Annual administration report of the Bombay Presidency - 1887-1892
Year: 1887
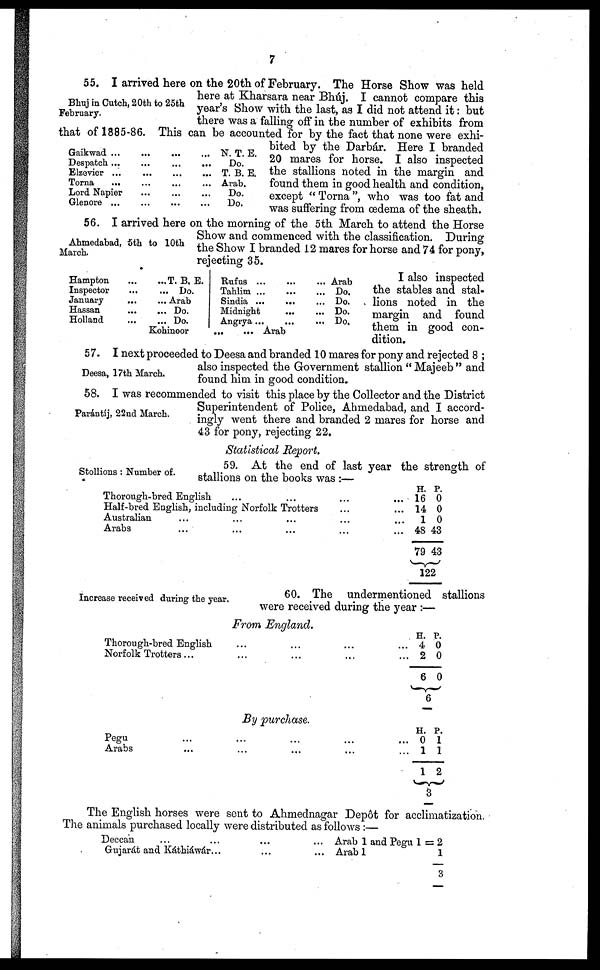
7
Bhuj in Cutch, 20th to 25th
February.
55. I arrived here on the 20th of February. The Horse Show was held
here at Kharsara near Bhúj. I cannot compare this
year's Show with the last, as I did not attend it: but
there was a falling off in the number of exhibits from
that of 1885-86. This can be accounted for by the fact that none were exhi-
bited by the Darbár. Here I branded
20 mares for horse. I also inspected
the stallions noted in the margin and
found them in good health and condition,
except " Torna ", who was too fat and
was suffering from œdema of the sheath.
Gaikwad ...
...
...
...
Despatch ...
...
...
...
Elzevier ......
...
...
Torna
...
...
...
...
Lord Napier...
...
...
Glenore ...
...
...
...
N. T. E.
Do.
T. B. E.
Arab.
Do.
Do.
Ahmedabad, 5th to 10th
March.
56. I arrived here on the morning of the 5th March to attend the Horse
Show and commenced with the classification. During
the Show I branded 12 mares for horse and 74 for pony,
rejecting 35.
Hampton
Inspector
January
Hassan
Holland
T. B. E.
Do.
Arab
Do.
Do.
Rufus ...
Tahlim
Sindia ...
Midnight ...
Angrya ...
Kohinoor
Arab
... Arab
... Do.
... Do.
... Do.
... Do.
I also inspected
the stables and stal-
lions noted in the
margin and found
them in good con-
dition.
Deesa, 17th March,
57. I next proceeded to Deesa and branded 10 mares for pony and rejected 8 ;
also inspected the Government stallion " Majeeb " and
found him in good condition.
Parántíj, 22nd March.
58. I was recommended to visit this place by the Collector and the District
Superintendent of Police, Ahmedabad, and I accord-
ingly went there and branded 2 mares for horse and
43 for pony, rejecting 22.
Statistical Report.
Stollions : Number of.
59. At the end of last year the strength of
stallions on the books was :—
Thorough-bred English ... ... ...
Half-bred English, including Norfolk Trotters ...
Australian ... ... ... ...
Arabs
... ... ... ...
H.
... 16
... 14
...
1
... 48
79
P.
0
0
0
43
43
122
Increase received during the year.
60. The undermentioned stallions
were received during the year :—
From England.
Thorough-bred English
...
...
...
...
Norfolk Trotters...
...
...
...
...
H.
4
2
6
P.
0
0
0
6
By purchase.
Pegu
...
...
...
...
...
Arabs
...
...
...
...
...
H.
0
1
1
P.
1
1
2
3
The English horses were sent to Ahmednagar Depôt for acclimatization.
The animals purchased locally were distributed as follows :—
Deccan
...
...
...
...
Gujarát and Káthiáwár...
...
...
Arab 1 and Pegu 1 = 2
Arab 1
1
3